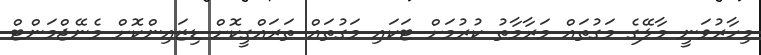
މިހާރުވަނީ މާލޭގެ މަގުތައް މަރާމާތު ކުރުމަށް ޓަކައި މަގުތައް ތަރައްގީކޮށް ޑިޒައިންކޮށް މެނޭޖްމަންޓް